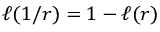
\ell ( 1 / r ) = 1 - \ell ( r )